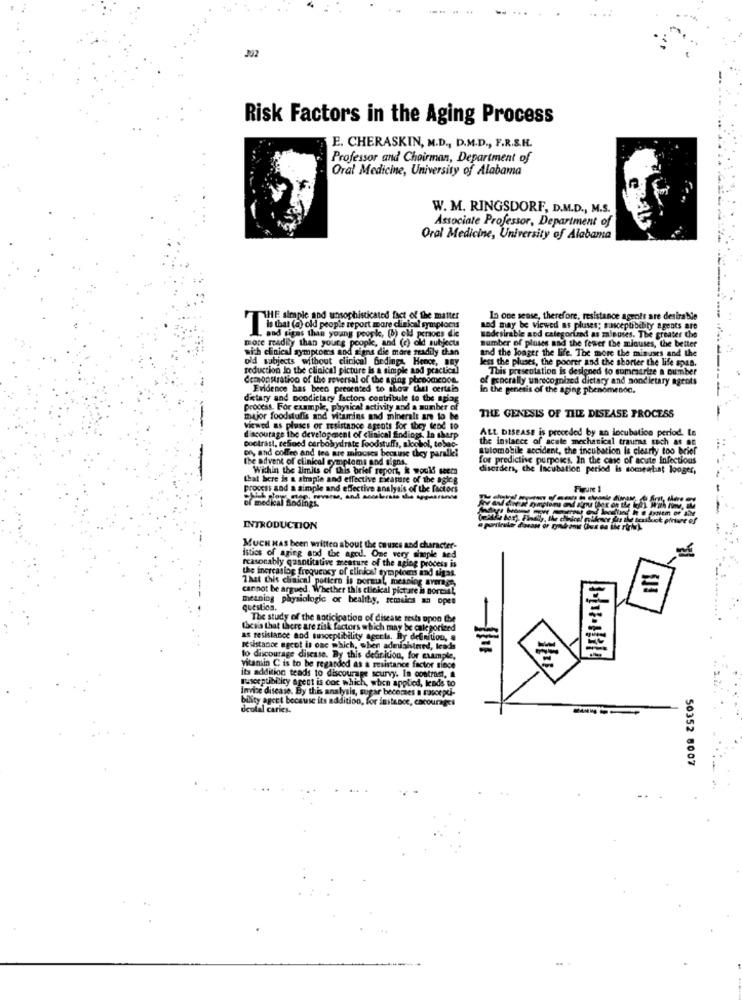
302
Risk Factors in the Aging Process
E. CHERASKIN, M.D ., D.M.D ., F.R.S.H.
Professor and Chairman, Department of
Oral Medicine, University of Alabama
W. M. RINGSDORF, D.M.D ., M.S.
Associate Professor, Department of
Oral Medicine, University of Alabama
THE simple and unsophisticated fact of the matter
In one sense, therefore, resistance agents are desirable
Le that (a) old people report mare clinical symptoms
and may be viewed as pluses; susceptibility agents are
more readily than young people, and (c) old subjects
. and sigas the young people, [b) cld persons die
number of pluss and the fewer the minuses, the better
sodesirable aod categorized as minuses. The greater che
aich clinical symptoms and signs die mare readily dan
and the longer the life. The more the minuses and the
old subjects without clinical Bedings, Hence, Bay
less the pluses, the poorer and the shorter the life span.
reduction lo the clinical picture is a simple and practical
This presentation is designed to sumesarize a number
demonstration of the reversal of the aging phenomenon.
of generally unrecognized dietary and nondietary agents
Evidence has been presented to show that certain
In the genesis of the aging phenomenon.
ditary and nondictary factors contribule to the apia
process. For example, physical activity and a number of
THE GENESIS OF THE DISEASE PROCESS
major foodstuffs and Warrins and minerals are to be
viewed as pluses or resistance agents for they tend to
ALL DISEASE is preceded by an incubation period. Le
discourage ibe development of clinical findings. In sharp
the instance of acute mechanical traumas caich as an
Doctrast, refined carbohydrate Foodstuffs, aloobol, tobac-
on, and coffee and tea are miocses because they parallel
automobile accident, the incubation la clearty too brief
the advent of clinical symptoms and signs.
for predictive purposes. In the case of acute Infectious
Wichin the limits of this brief report, i would seem
disorders, the Incubation period is someabat looger,
that here is a atmaple and effective Eweasite of the aglog
process and a simple and effective analysis of the factors
Figure 1
of medical Sindings.
--
INTRODUCTION
MUCH HAS been written about the causes and character-
istics of aging and the aged. One very simple and
reasonably gasotitative meature of the aging process is
the increasloe frequency of clinical symptoms ind sigat.
-
That this chaical pottern is pormil, meaning average,
cannot be argued, Whether this clinical pistare is noreal,
meaning physiologic or healthy, remsics an open
questios.
The study of the anticipation of disease rests upon the
thesis that there are risk factors which may be categorieed
as resistance and susceptibility agcels. By definition, a
resistance ogeot is one which, when administered, leads
to discourage disease. By this definition, for example,
vitamin C is to be regarded as a resistance factor since
its addition teads to discourage scurvy. In contrast, a
susceptibility agent is oor which, when applied, lends to
Invine disease. By this analysis, sugar becomes a rascepdi-
bility agert because its addition, for instance, encourages
deolal caries.
----
50352 8007